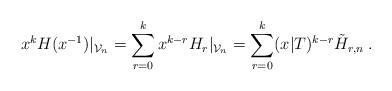
LaTeX: \begin{align*}x^{k}H(x^{-1})|_{\mathcal{V}_{n}}=\sum_{r=0}^{k}x^{k-r}H_{r}|_{\mathcal{V}_{n}}=\sum_{r=0}^{k}(x|T)^{k-r}\tilde{H}_{r,n}\;. \end{align*}